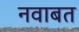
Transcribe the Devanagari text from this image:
नवाबत